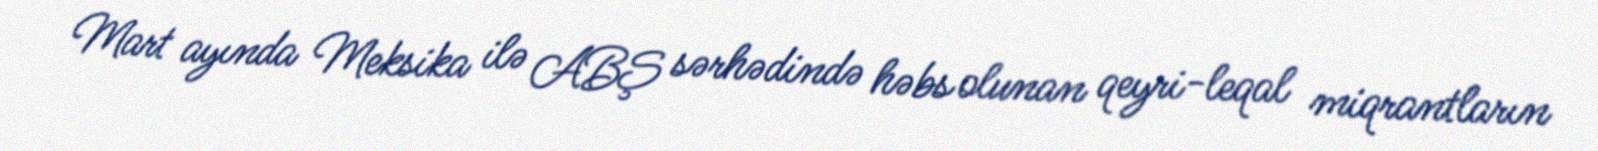
Mart ayında Meksika ilə ABŞ sərhədində həbs olunan qeyri-leqal miqrantların